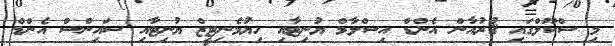
މި ސްކޫލްގައި ޤުރުއާން އެންޑް އިސްލާމް ޔުނިޓާއި ހިޔުމެނިޓީޒް ޔުނިޓާއި ސައިންސް އެންޑް